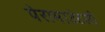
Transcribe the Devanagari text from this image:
पेरामाउंटसी